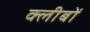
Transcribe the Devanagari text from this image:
क्लीबों